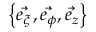
\displaystyle \left\{ \vec { e _ { \xi } } , \vec { e _ { \phi } } , \vec { e _ { z } } \right\}